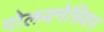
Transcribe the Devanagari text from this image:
पोलयनेसियन